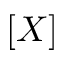
[ X ]